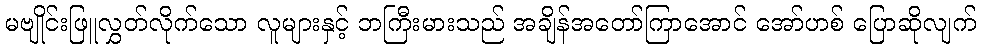
မဗျိုင်းဖြူလွှတ်လိုက်သော လူများနှင့် ဘကြီးမားသည် အချိန်အတော်ကြာအောင် အော်ဟစ် ပြောဆိုလျက်